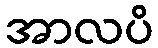
အာလပိ